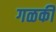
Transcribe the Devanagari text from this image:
गळकी